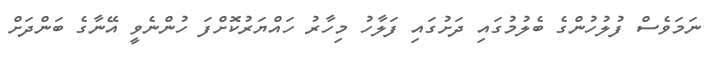
ނަމަވެސް ފުލުހުންގެ ބެލުމުގައި ދަށުގައި ފަލާހު މިހާރު ހައްޔަރުކޮށްފަ ހުންނެވީ އޭނާގެ ބަންދަށް